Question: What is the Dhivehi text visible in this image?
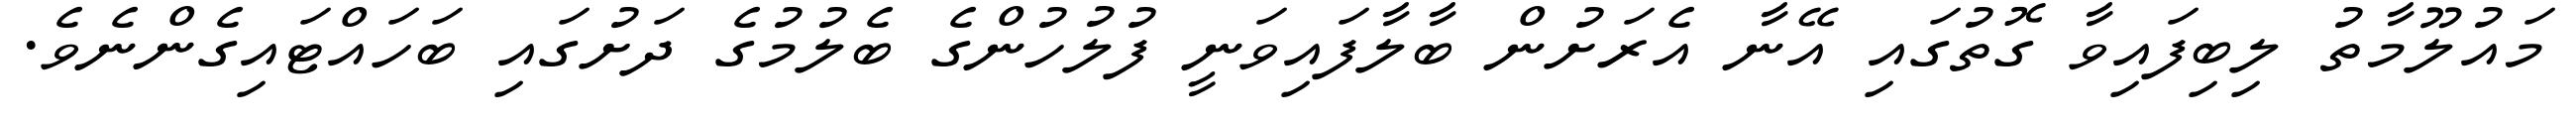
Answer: މައުލޫމާތު ލިބިފައިވާ ގޮތުގައި އޭނާ އެރަށުން ބާލާފައިވަނީ ފުލުހުންގެ ބެލުމުގެ ދަށުގައި ބަހައްޓައިގެންނެވެ.